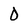
Character: 0